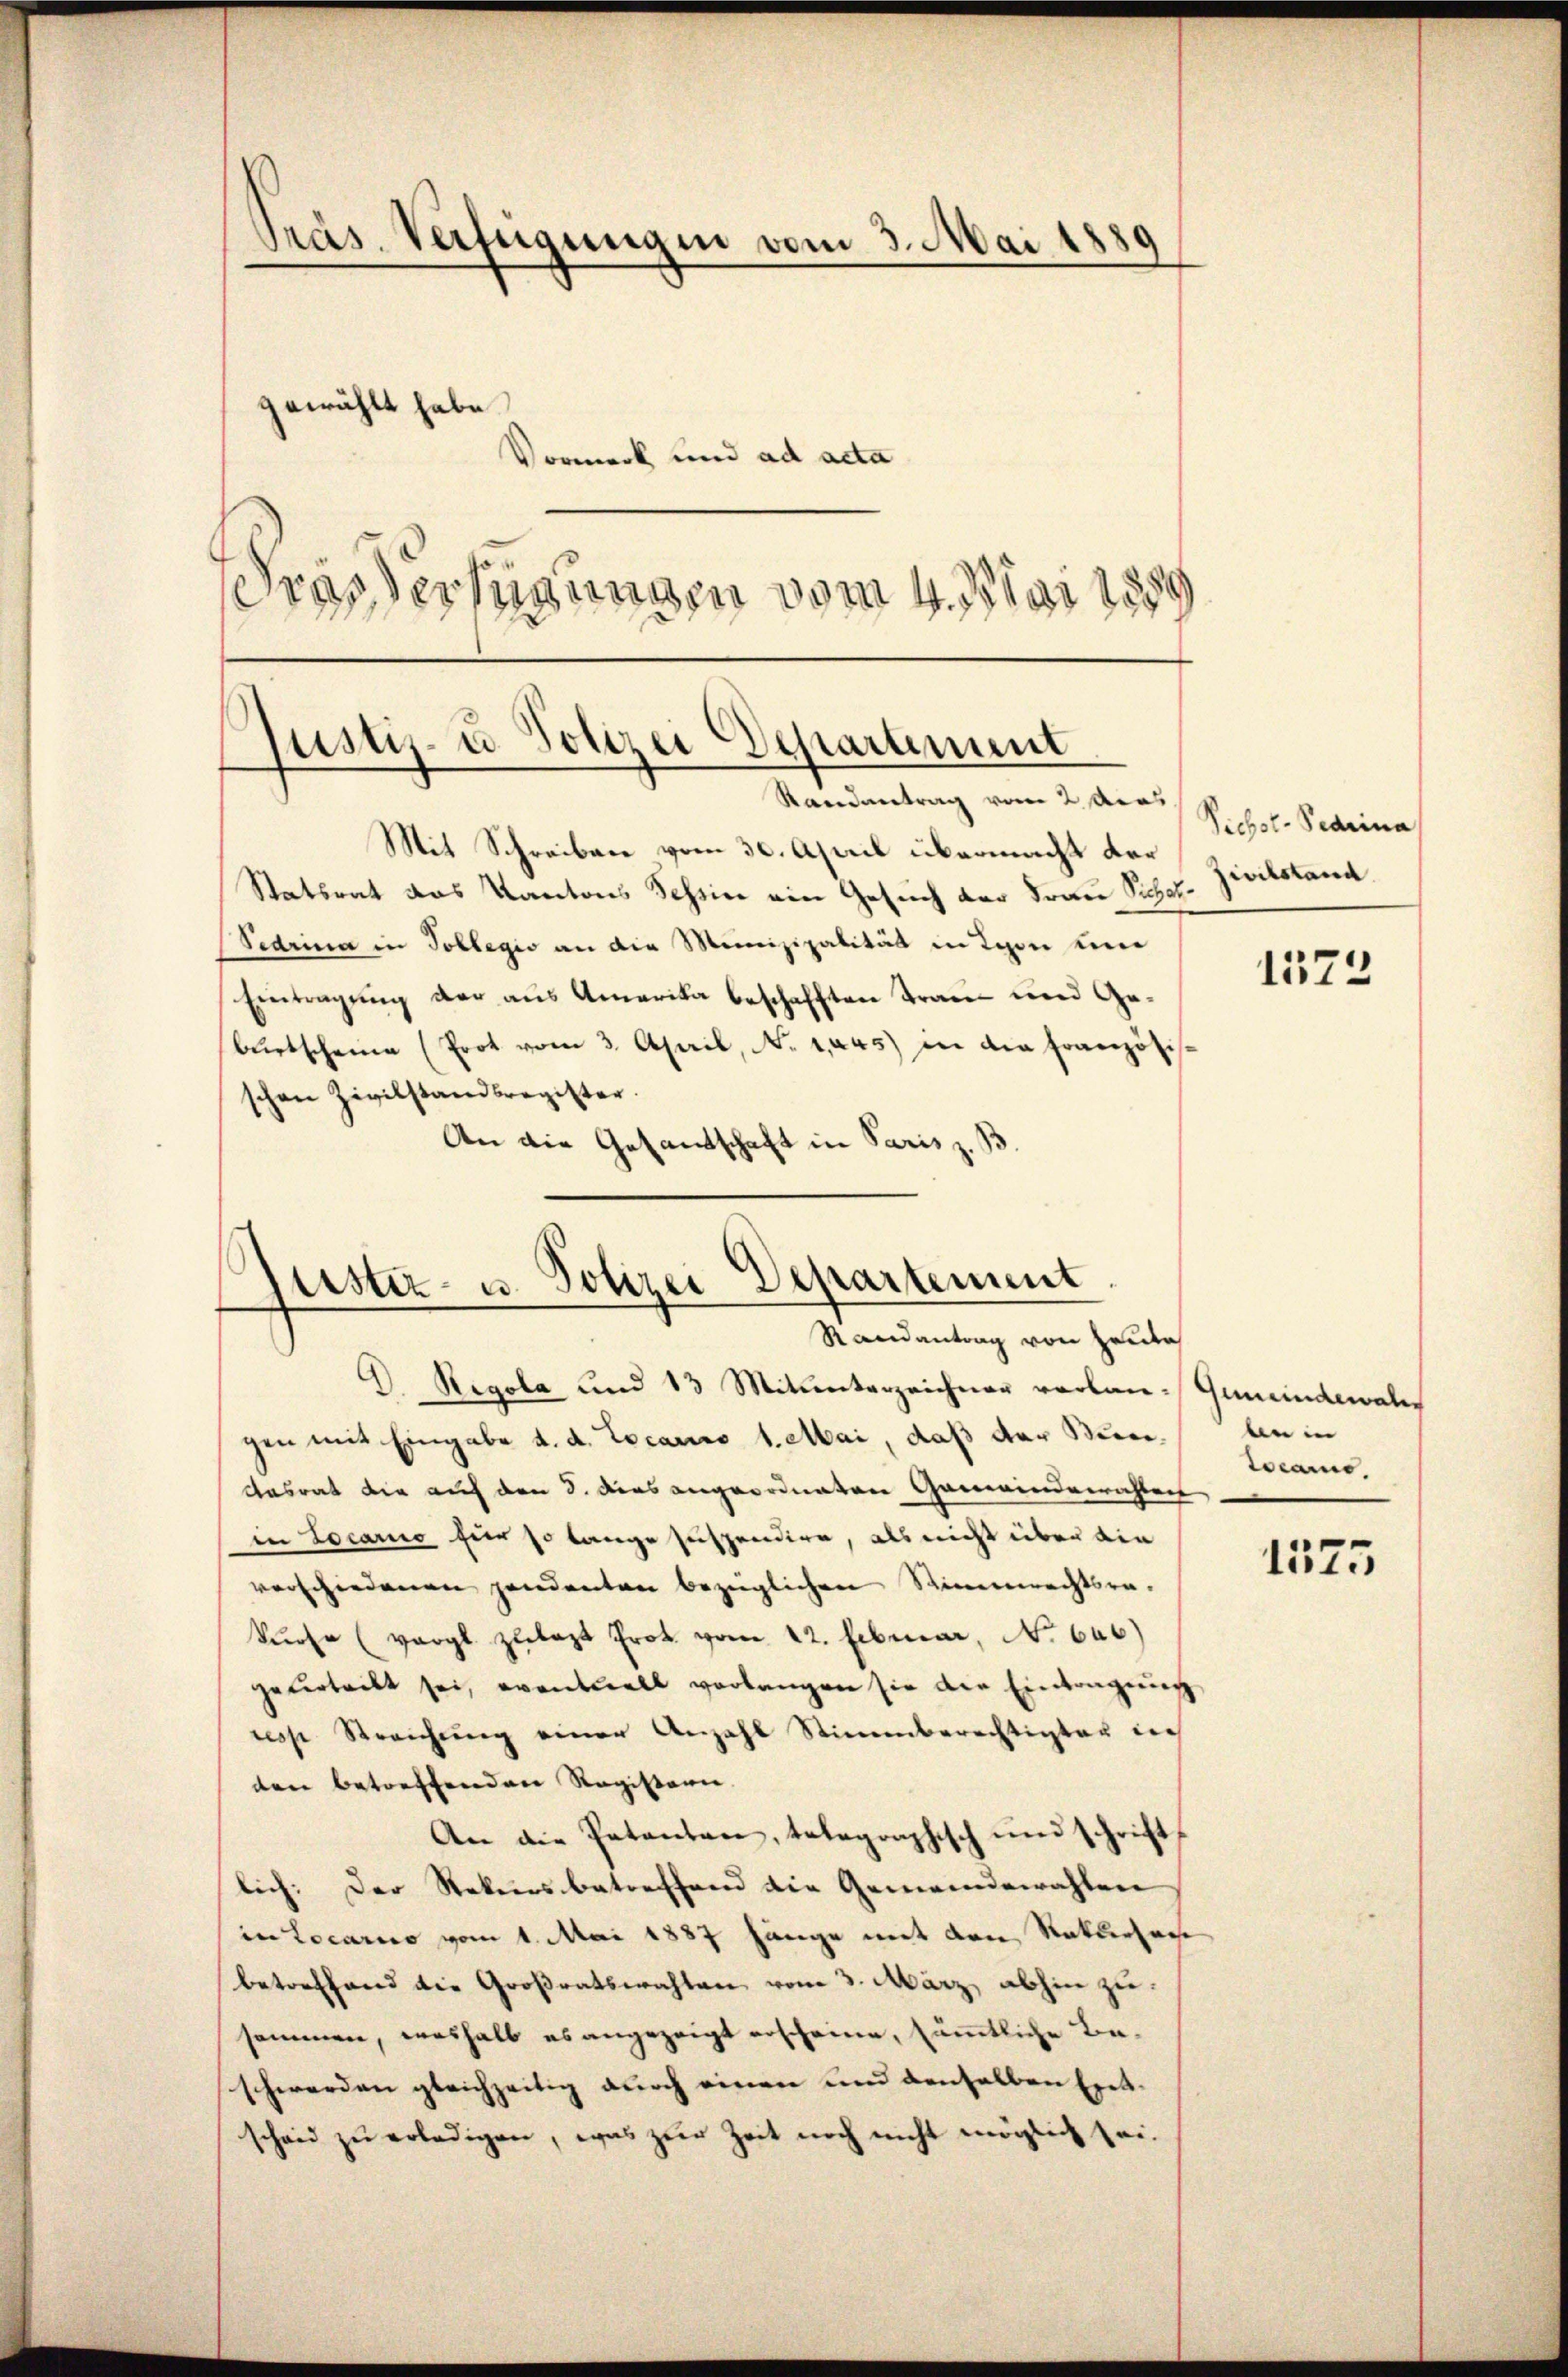
Pras. Verfügungen vom 3. Mai 1889
gewählt habe.
Vormerk und ad acta

ras Verfügungen vom 4. Mai 1888
Justiz- u Polizei Departement

Randvertrag vom 2. Acas
Mit Schreiben vom 30. April übermacht der
Statsrat das Kantons Scheine ein Gesuch der Frau Sichel¬
Pedrina in Tollegio an die Meinizipalität in Tagen un
Eintragung der aus Amerika beschafften Tran- und Gebŭrtscheine (Prot vom 3. April, N. 1,445) in die Französis
schen Zivilstandsregister.
An die Gesandtschaft in Paris z. B

Justiz- u. Polizei Departement
Randantrag von Heute

D. Regola und 13 Mitunterzeichner verlan-Gemeindewal
gen mit Eingabe d. d. Locarno 1. Mai, daß der Stun¬
Aasrat die auf den S. dies angeordneten Gemeindewahlen
in Locario für so lange suspendire, als nicht über die
verschiedenen pendenten bezüglichen Stimmrechtsrakŭrse (vergl. zulast Prot. vom 22. Februar, No 646)
geferteilt sei, eventuell verlangen sie die Eintragung
resse Streichŭng einer Anzahl Stimmberechtigter dies
den betreffenden Registern.
An die Patenten, telegraphisch und schrift
lich: Der Rekursbetreffend die Gemeindewahlen
in Locarno vom 1. Mai 1887 hänge mit den Ratlichert
betreffend die Großratswahlen vom 3. März, abhin zu
sommen, weshalb es angezeigt erscheine, sämmtliche Beschwerden gleichzeitig durch einen und denselben Exetscheid zu erledigen, was zur Zeit noch nicht möglich sei.

Viehst. Pearina
Zivilstand

1373

n in
teame

1575